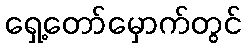
ရှေ့တော်မှောက်တွင်